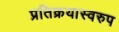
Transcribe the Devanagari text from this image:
प्रतिक्रयास्वरुप